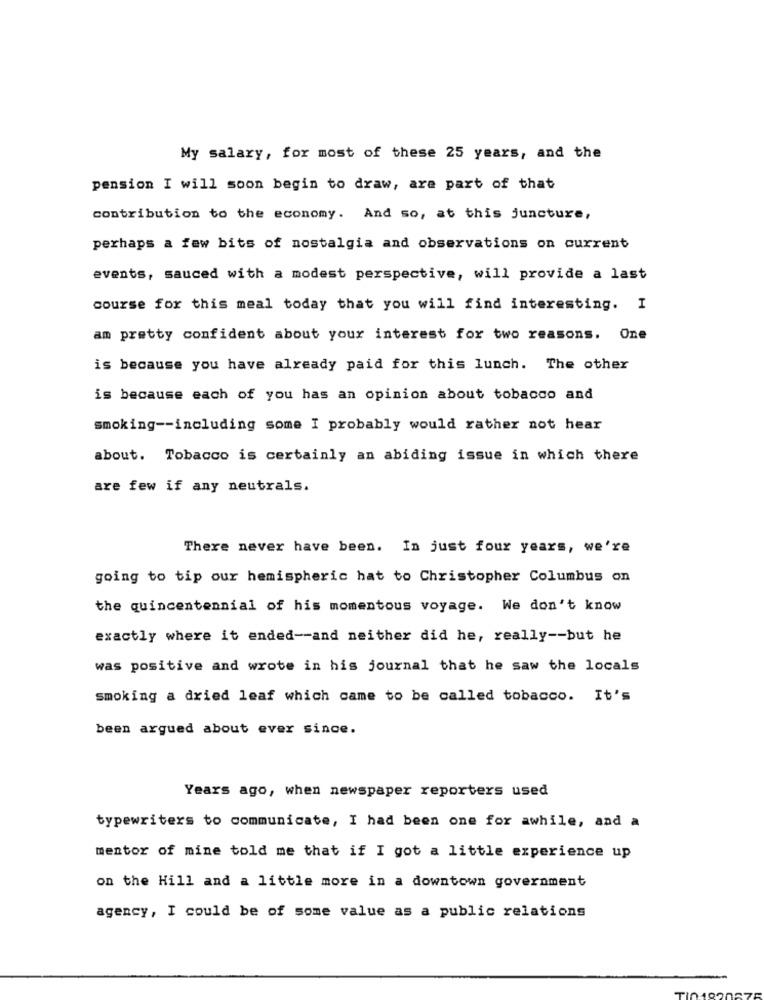
My salary, for most of these 25 years, and the
pension I will soon begin to draw, are part of that
contribution to the economy. And so, at this juncture,
perhaps a few bits of nostalgia and observations on current
events, sauced with a modest perspective, will provide a last
course for this meal today that you will find interesting. I
am pretty confident about your interest for two reasons. One
is because you have already paid for this lunch. The other
is because each of you has an opinion about tobacco and
smoking -- including some I probably would rather not hear
about. Tobacco is certainly an abiding issue in which there
are few if any neutrals.
There never have been. In just four years, we're
going to tip our hemispheric hat to Christopher Columbus on
the quincentennial of his momentous voyage. We don't know
exactly where it ended -- and neither did he, really -- but he
was positive and wrote in his journal that he saw the locals
smoking a dried leaf which came to be called tobacco. It's
been argued about ever since.
Years ago, when newspaper reporters used
typewriters to communicate, I had been one for awhile, and a
mentor of mine told me that if I got a little experience up
on the Hill and a little more in a downtown government
agency, I could be of some value as a public relations